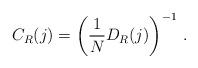
LaTeX: \begin{align*}C_R(j)=\left(\frac{1}{N}D_R(j)\right)^{-1}\,.\end{align*}